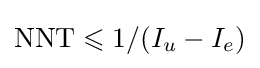
{\text{NNT}}\leqslant 1/(I_{u}-I_{e})